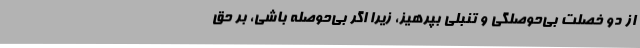
از دو خصلت بی‌حوصلگی و تنبلی بپرهیز، زیرا اگر بی‌حوصله باشی، بر حق